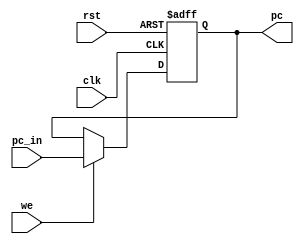
`timescale 1ns / 1ps
//////////////////////////////////////////////////////////////////////////////////
// Company: 
// Engineer: 
// 
// Design Name: 
// Module Name: PC
// Project Name: 
// Target Devices: 
// Tool Versions: 
// Description: 
// 
// Dependencies: 
// 
// Revision:
// Revision 0.01 - File Created
// Additional Comments:
// 
//////////////////////////////////////////////////////////////////////////////////
module PC(
    input clk,
    input we,rst,
    input [31:0]pc_in,
    output reg [31:0]pc  
    );
    always @(posedge clk,posedge rst)begin
        if(rst) pc<=0;
        else if(we) pc<=pc_in;
    end
    
endmodule